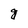
Character: g